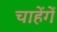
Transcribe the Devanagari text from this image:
चाहेंगें